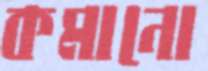
কমানো